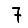
Digit: 7